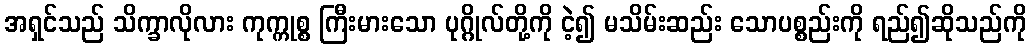
အရှင်သည် သိက္ခာလိုလား ကုက္ကုစ္စ ကြီးမားသော ပုဂ္ဂိုလ်တို့ကို ငဲ့၍ မသိမ်းဆည်း သောပစ္စည်းကို ရည်၍ဆိုသည်ကို